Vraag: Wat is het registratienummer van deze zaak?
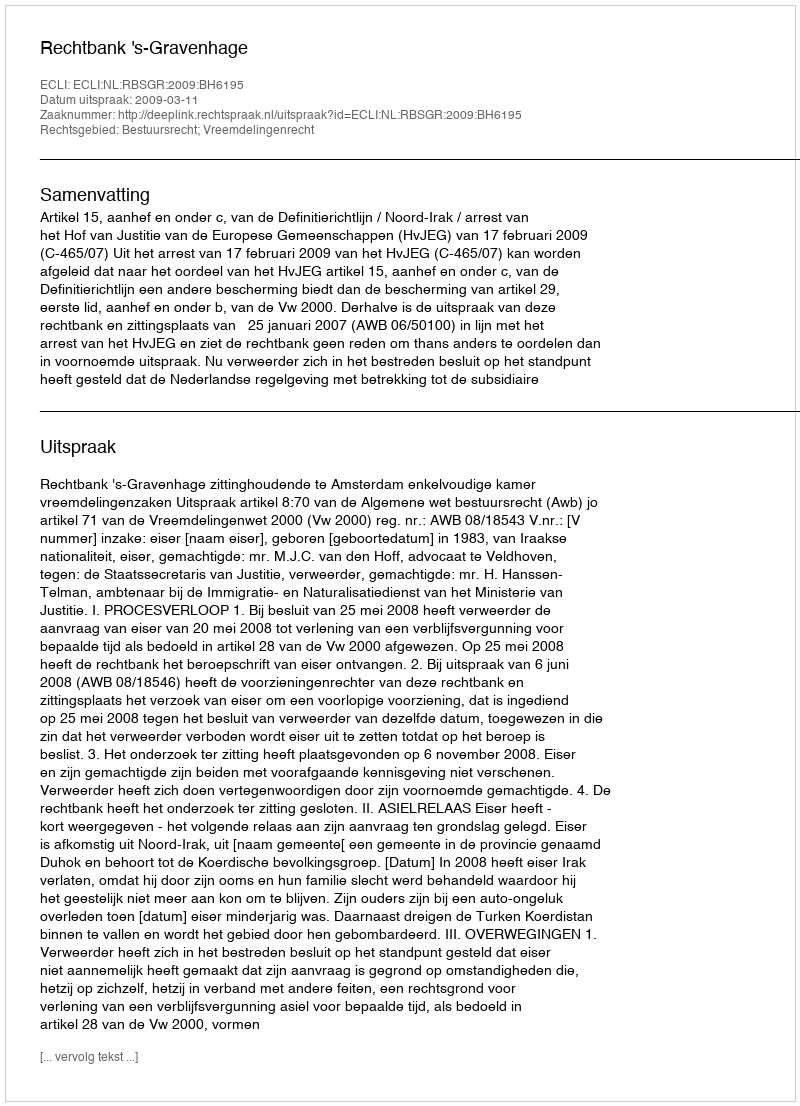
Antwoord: http://deeplink.rechtspraak.nl/uitspraak?id=ECLI:NL:RBSGR:2009:BH6195